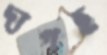
দাগছ